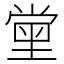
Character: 𡮝